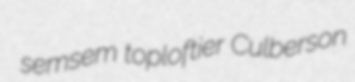
semsem toploftier Culberson